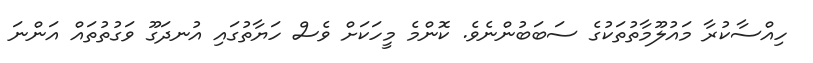
ހިއްސާކުރާ މައުލޫމާތުތަކުގެ ސަބަބުންނެވެ. ކޮންމެ މީހަކަށް ވެސް ހަޔާތުގައި އުނދަގޫ ވަގުތުތައް އަންނަ